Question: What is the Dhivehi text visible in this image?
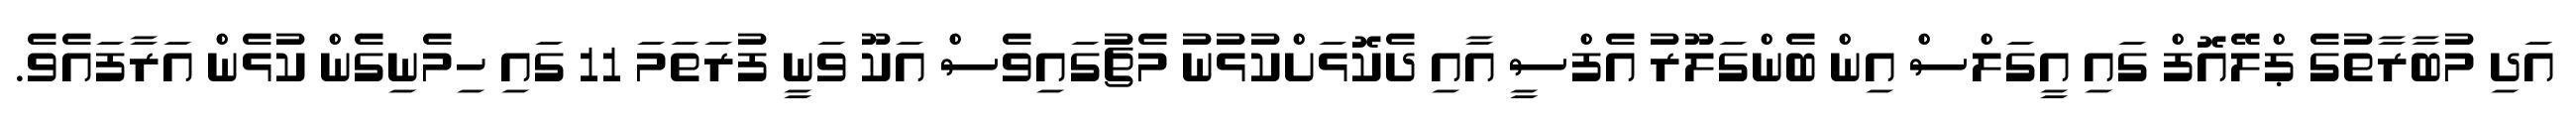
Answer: އަދި މުބާރާތުގެ ޕްލޭއޮފް ގައި އީގަލްސް އިން ބެންގަލޫރު އެފްސީ އާއި ދެކޮޅަށްކުޅުނު މެޗުގައިވެސް އަކޫ ވަނީ ފުރަތަމަ 11 ގައި ހިމެނިގެން ކުޅެން އަރާފައެވެ.